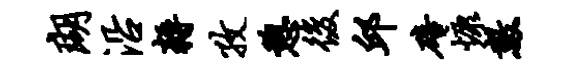
瑚沿耨孜憩后邱碚慷数